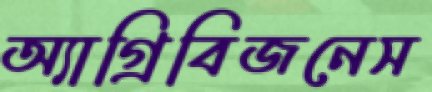
অ্যাগ্রিবিজনেস